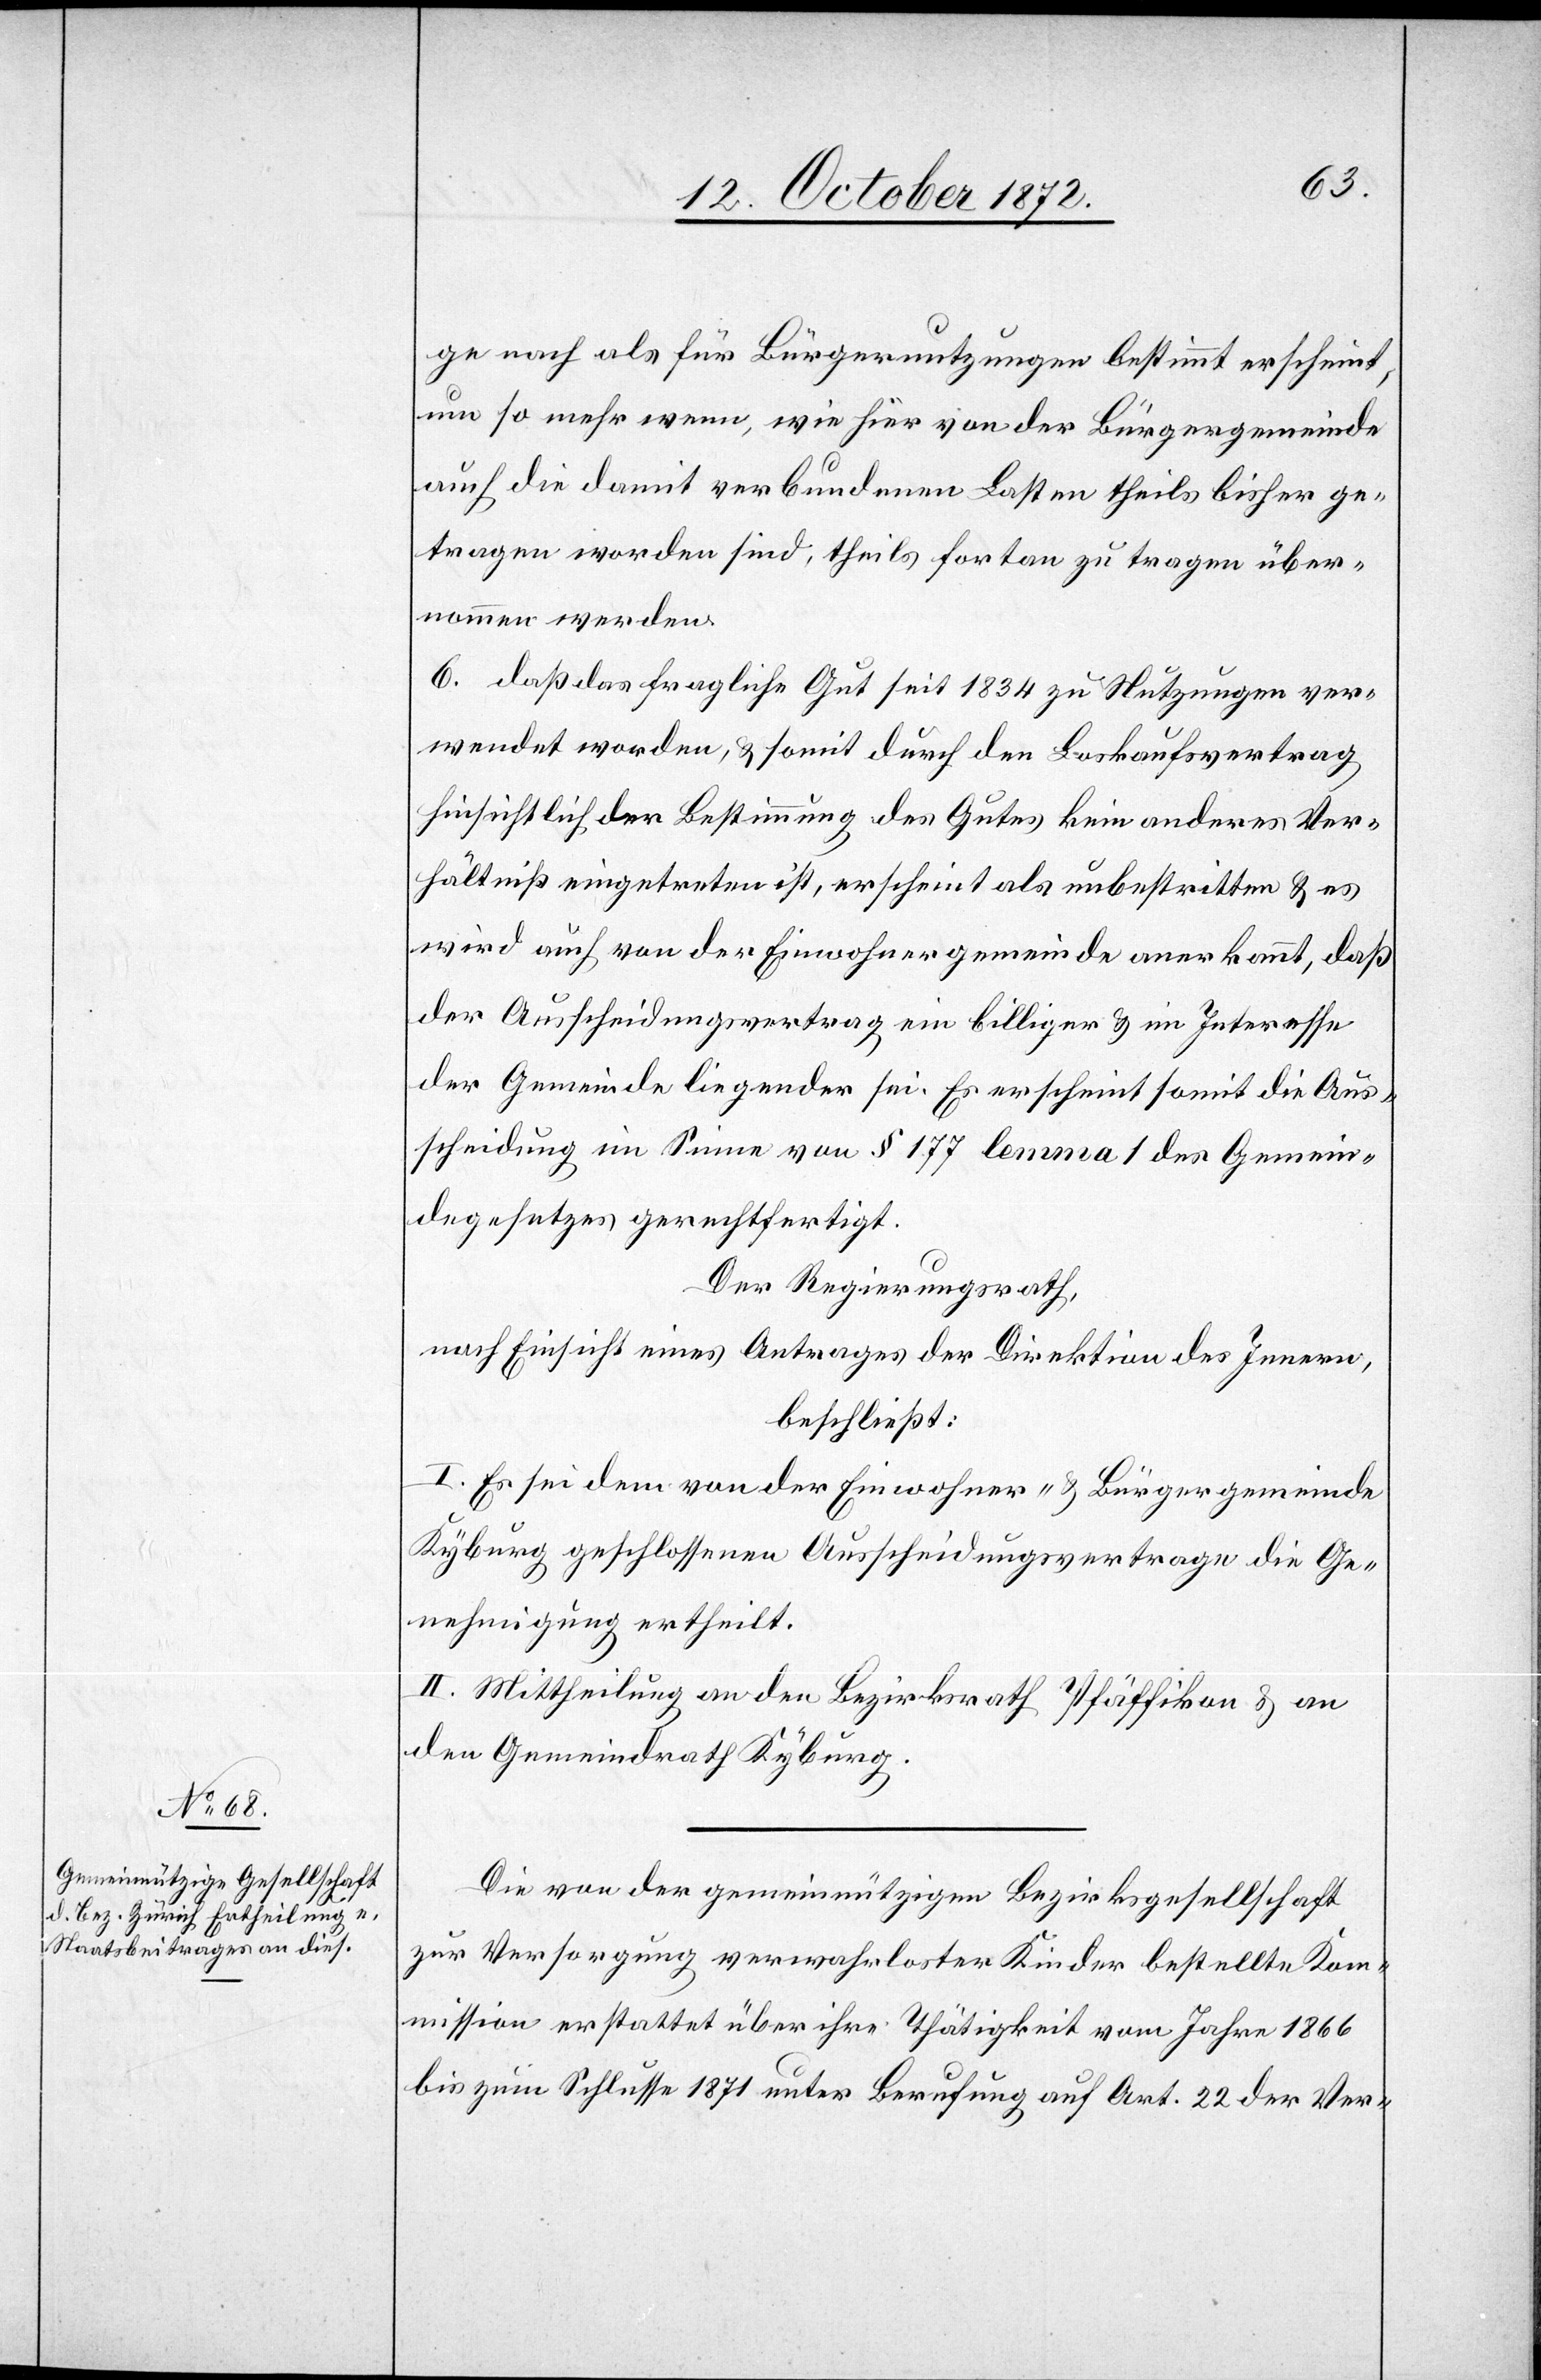
ge nach als für Bürgernutzungen bestimmt erscheint,
um so mehr wenn, wie hier von der Bürgergemeinde
auch die damit verbundenen Lasten theils bisher ge¬
tragen worden sind, theils fortan zu tragen über¬
nommen werden.
6. daß das fragliche Gut seit 1834 zu Nutzungen ver¬
wendet worden, u. somit durch den Loskaufsvertrag
hinsichtlich der Bestimmung des Gutes kein anderes Ver¬
hältniß eingetreten ist, erscheint als unbestritten u. es
wird auch von der Einwohnergemeinde anerkannt, daß
der Ausscheidungsvertrag ein billiger u. im Interesse
der Gemeinde liegender sei. Es erscheint somit die Aus¬
scheidung im Sinne von § 177 lemma 1 des Gemein¬
degesetzes gerechtfertigt.
Der Regierungsrath,
nach Einsicht eines Antrages der Direktion des Innern,
beschließt:
I. Es sei dem von der Einwohner- u. Bürgergemeinde
Kyburg geschlossenen Ausscheidungsvertrage die Ge¬
nehmigung ertheilt.
II. Mittheilung an den Bezirksrath Pfäffikon u. an
den Gemeindrath Kyburg.
Die von der gemeinnützigen Bezirksgesellschaft
zur Versorgung verwahrloster Kinder bestellte Kom¬
mission erstattet über ihre Thätigkeit vom Jahre 1866
bis zum Schlusse 1871 unter Berufung auf Art. 22 der Ver-